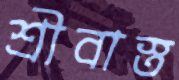
শ্রীবাস্ত